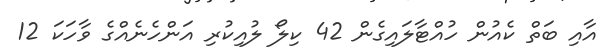
އާއި ބަތް ކެއުން ހުއްޓާލައިގެން 42 ކިލޯ ލުއިކުރި އަންހެނެއްގެ ވާހަކަ 12